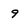
Character: 9